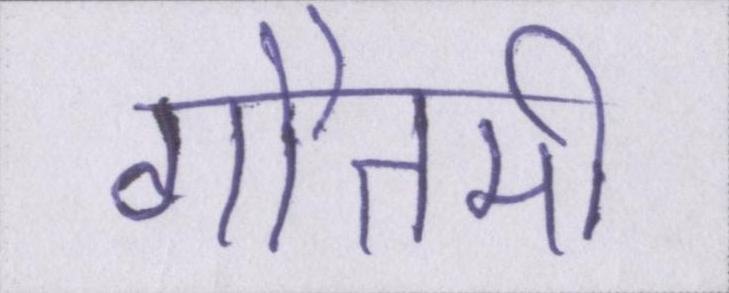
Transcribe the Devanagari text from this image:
गौतमी